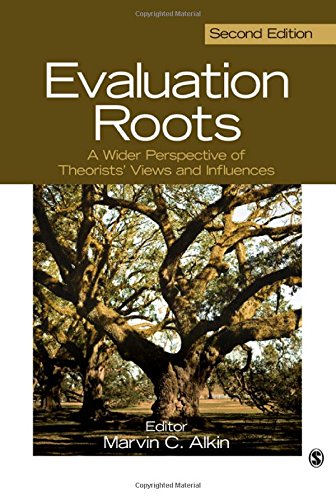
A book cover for Evaluation Roots: A Wider Perspective of Theorists' Views and Influences; Politics & Social Sciences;